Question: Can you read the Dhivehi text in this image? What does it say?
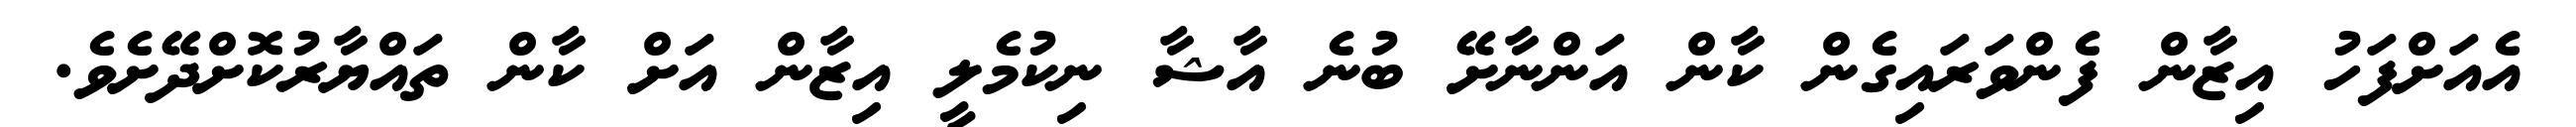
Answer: އެއަށްފަހު އިޒާން ފެންވަރައިގެން ކާން އަންނާށޭ ބުނެ އާޝާ ނިކުމެލީ އިޒާން އަށް ކާން ތައްޔާރުކޮށްދޭށެވެ.